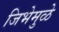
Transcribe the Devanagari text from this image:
जिभेमुळे